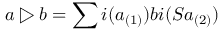
a \triangleright b = \sum i ( a _ { ( 1 ) } ) b i ( S a _ { ( 2 ) } )